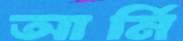
আর্মি